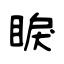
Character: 睙